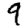
Digit: 9